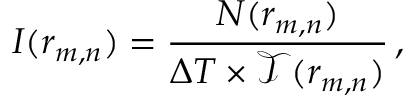
I ( r _ { m , n } ) = \frac { N ( r _ { m , n } ) } { \Delta T \times \mathcal { T } ( r _ { m , n } ) } \, ,